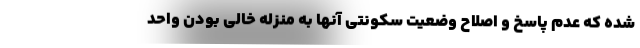
شده که عدم پاسخ و اصلاح وضعیت سکونتی آنها به منزله خالی بودن واحد